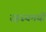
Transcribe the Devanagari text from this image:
रहस्‍यमयी